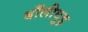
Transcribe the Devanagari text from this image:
बाँलीवुड़